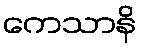
ကေသာနိ